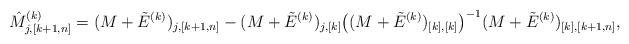
LaTeX: \begin{align*}\hat M^{(k)}_{j,[k+1,n]}= (M+\tilde E^{(k)})_{j,[k+1,n]} -(M+\tilde E^{(k)})_{j,[k]} \big((M+\tilde E^{(k)})_{[k],[k]} \big)^{-1} (M+\tilde E^{(k)})_{[k], [k+1,n]},\end{align*}